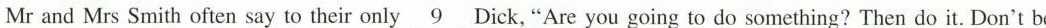
Mr and Mrs Smith often say to their only\underline{9}Dick,"Are you going to do something? Then do it.Don't be